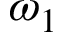
\omega _ { 1 }